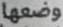
وضعها